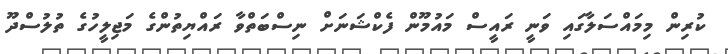
ކުރިން މިމައްސަލާގައި ވަނީ ރައީސް މައުމޫން ފެކްޝަނަށް ނިސްބަތްވާ ރައްޔިތުންގެ މަޖިލީހުގެ ތުލުސްދޫ